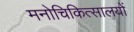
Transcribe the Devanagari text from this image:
मनोचिकित्सालयों